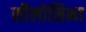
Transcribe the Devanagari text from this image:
सीलोसिभा